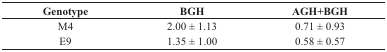
| Genotype | BGH | AGH+BGH |
 | --- | --- | --- |
 | M4 | 2.00 ± 1.13 | 0.71 ± 0.93 |
 | E9 | 1.35 ± 1.00 | 0.58 ± 0.57 |